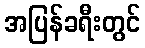
အပြန်ခရီးတွင်